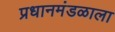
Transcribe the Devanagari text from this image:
प्रधानमंडळाला